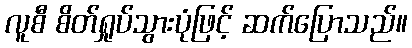
လူစီ စိတ်ရှုပ်သွားပုံဖြင့် ဆက်ပြောသည်။